Civil Veterinary Department Bihar & Orissa reports 1911-21 - 1911-1921
Year: 1911
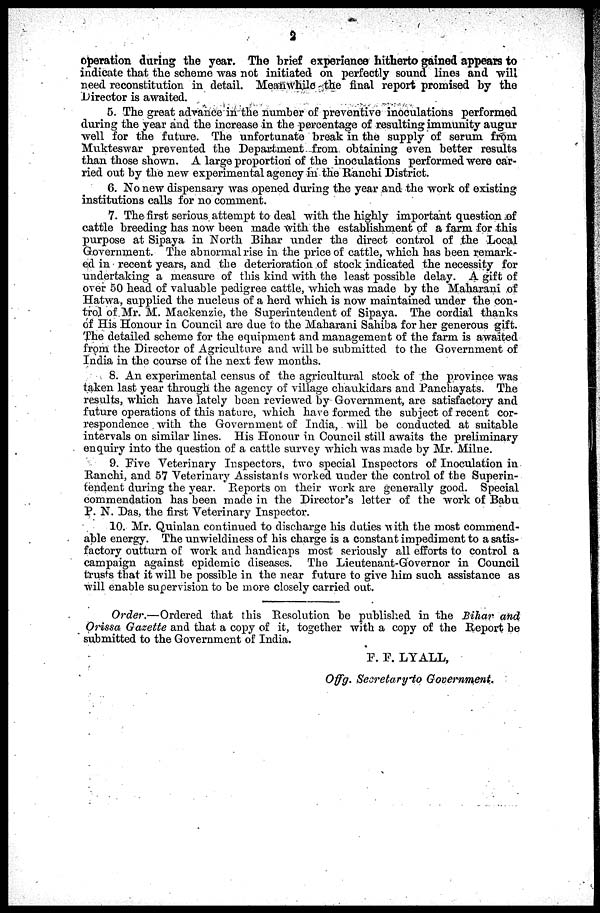
2
operation during the year. The brief experience hitherto gained appears to
indicate that the scheme was not initiated on perfectly sound line3 and will
need reconstitution in detail. Meanwhile the final report promised by the
Director is awaited.
5. The great advance in the number of preventive inoculations performed
during the year and the increase in the percentage of resulting immunity augur
well for the future. The unfortunate break in the supply of serum from
Mukteswar prevented the Department from obtaining even better results
than those shown. A large proportion of the inoculations performed were car-
ried out by the new experimental agency in the Ranchi District.
6. No new dispensary was opened during the year and the work of existing
institutions calls for no comment.
7. The first serious attempt to deal with the highly important question of
cattle breeding has now been made with the establishment of a farm for this
purpose at Sipaya in North Bihar under the direct control of the Local
Government. The abnormal rise in the price of cattle, which has been remark-
ed in recent years, and the deterioration of stock indicated the necessity for
undertaking a measure of this kind with the least possible delay. A gift of
over 50 head of valuable pedigree cattle, which was made by the Maharani of
Hatwa, supplied the nucleus of a herd which is now maintained under the con-
trol of Mr. M. Mackenzie, the Superintendent of Sipaya. The cordial thanks
of His Honour in Council are due to the Maharani Sahiba for her generous gift.
The detailed scheme for the equipment and management of the farm is awaited
from the Director of Agriculture and will be submitted to the Government of
India in the course of the next few months.
8. An experimental census of the agricultural stock of the province was
taken last year through the agency of village chaukidars and Panchayats. The
results, which have lately been reviewed by Government, are satisfactory and
future operations of this nature, which have formed the subject of recent cor-
respondence with the Government of India, will be conducted at suitable
intervals on similar lines. His Honour in Council still awaits the preliminary
enquiry into the question of a cattle survey which was made by Mr. Milne.
9. Five Veterinary Inspectors, two special Inspectors of Inoculation in
Ranchi, and 57 Veterinary Assistants worked under the control of the Superin-
tendent during the year. Reports on their work are generally good. Special
commendation has been made in the Director's letter of the work of Babu
P. N. Das, the first Veterinary Inspector.
10. Mr. Quinlan continued to discharge his duties with the most commend-
able energy. The unwieldiness of his charge is a constant impediment to a satis-
factory outturn of work and handicaps most seriously all efforts to control a
campaign against epidemic diseases. The Lieutenant-Governor in Council
trusts that it will be possible in the near future to give him such assistance as
will enable supervision to be more closely carried out.
Order.—Ordered that this Resolution be published in the Bihar and
Orissa Gazette and that a copy of it, together with a copy of the Report be
submitted to the Government of India.
F. F. LYALL,
Offg. Seoretary to Government.